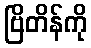
ဗြိတိန်ကို